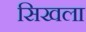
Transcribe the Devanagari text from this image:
सिखला